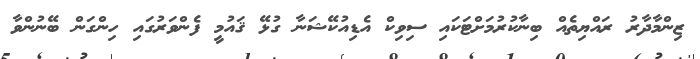
ޒިންމާދާރު ރައްޔިތެއް ބިނާކުރުމަށްޓަކައި ސިވިކް އެޑިއުކޭޝަނާ ގުޅޭ ޤައުމީ ފެންވަރުގައި ހިންގަން ބޭނުންވާ